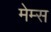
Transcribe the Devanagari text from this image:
मेम्स